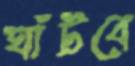
ঘাঁটবে